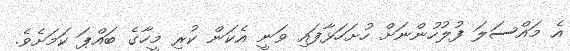
އެ މައްސަލަ ފުލުހުންނަށް ހުށަހަޅާފައި ވަނީ އެކަން ކުރި މީހާގެ ބައްޕަ ކަމަށެވެ.